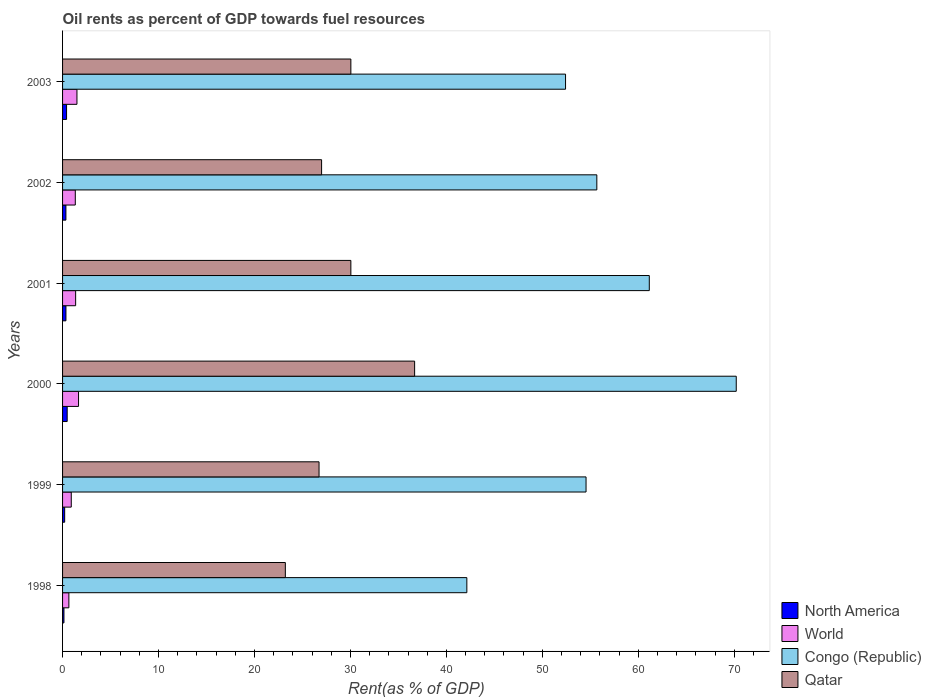
| Years | North America | World | Congo (Republic) | Qatar |
 | --- | --- | --- | --- | --- |
 | 1998 | 0.144 | 0.657 | 42.1 | 23.2 |
 | 1999 | 0.219 | 0.907 | 54.6 | 26.7 |
 | 2000 | 0.481 | 1.67 | 70.2 | 36.7 |
 | 2001 | 0.351 | 1.36 | 61.1 | 30 |
 | 2002 | 0.348 | 1.33 | 55.7 | 27 |
 | 2003 | 0.417 | 1.5 | 52.4 | 30 |